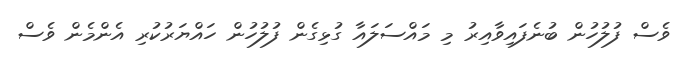
ވެސް ފުލުހުން ބުނެފައިވާއިރު މި މައްސަލައާ ގުޅިގެން ފުލުހުން ހައްޔަރުކުރި އެންމެން ވެސް